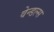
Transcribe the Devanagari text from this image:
वेन्डल्स